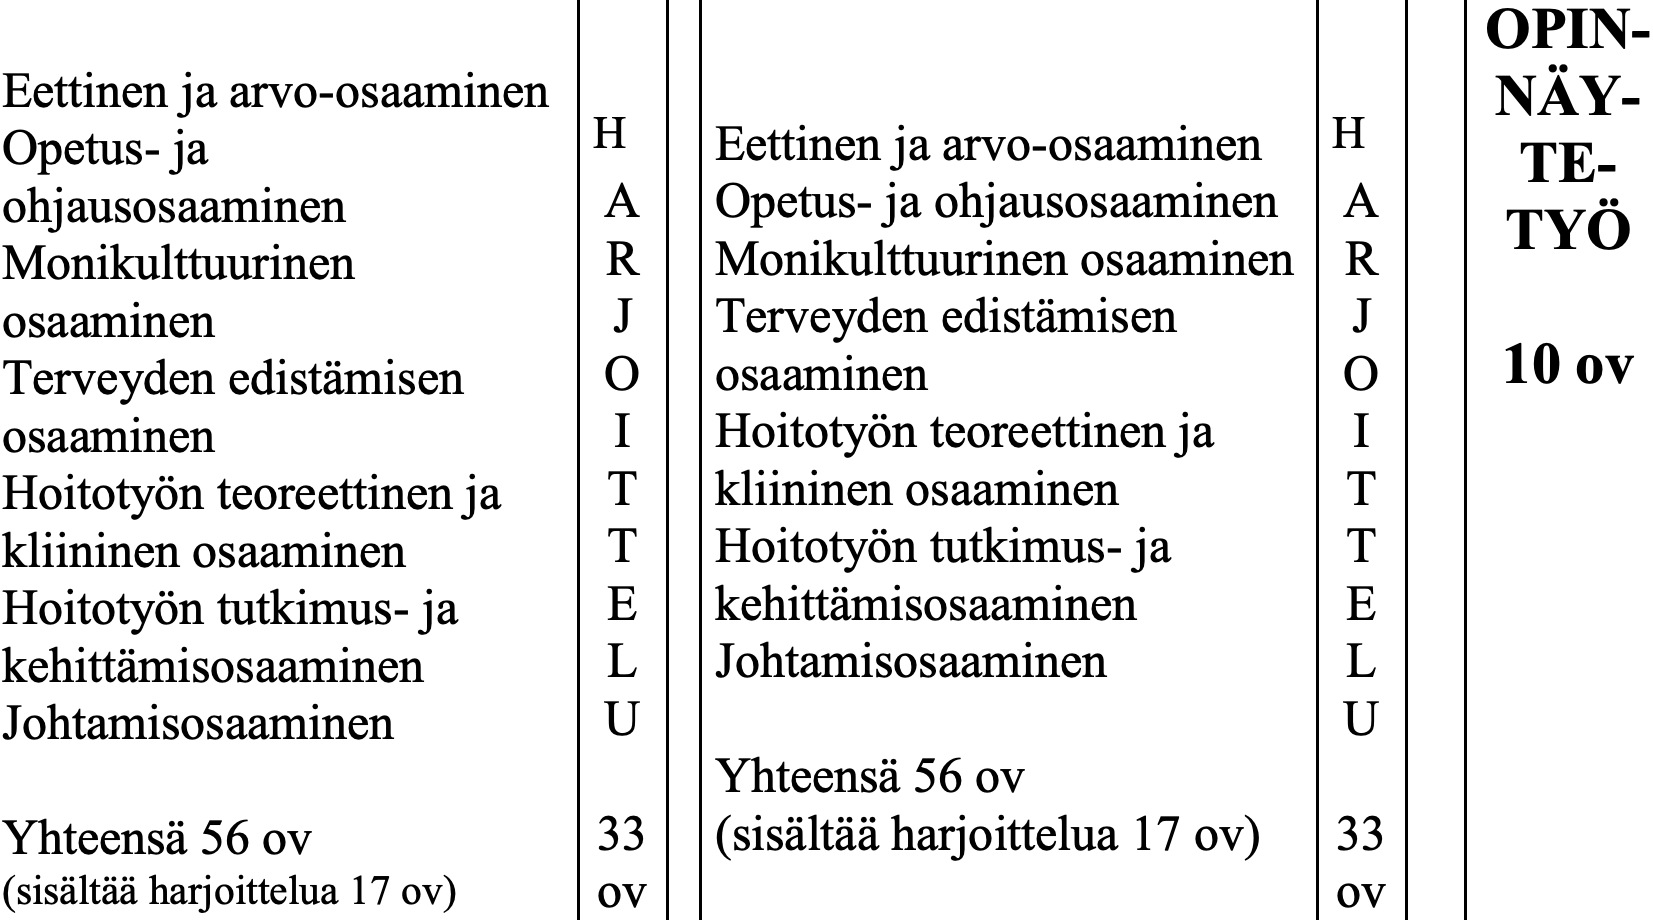
OPIN- Eettinen ja arvo-osaaminen                       NÄY- Opetus- ja         H   Eettinen ja arvo-osaaminen H TE- ohjausosaaminen     A  Opetus- ja ohjausosaaminen A TYÖ Monikulttuurinen    R  Monikulttuurinen osaaminen R osaaminen           J  Terveyden edistämisen J Terveyden edistämisen O osaaminen           O 10 ov osaaminen           I  Hoitotyön teoreettinen ja I Hoitotyön teoreettinen ja T kliininen osaaminen T kliininen osaaminen T  Hoitotyön tutkimus- ja T Hoitotyön tutkimus- ja E kehittämisosaaminen E kehittämisosaaminen L  Johtamisosaaminen    L Johtamisosaaminen   U                       U Yhteensä 56 ov Yhteensä 56 ov     33  (sisältää harjoittelua 17 ov) 33 (sisältää harjoittelua 17 ov) ov            ov